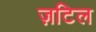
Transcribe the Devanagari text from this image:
ज़टिल